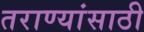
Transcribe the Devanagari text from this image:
तराण्यांसाठी